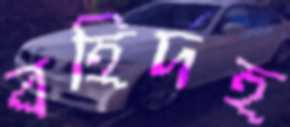
বহির্দহ